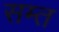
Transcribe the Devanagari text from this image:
सम्त